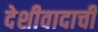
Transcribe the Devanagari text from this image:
देशीवादाची